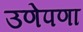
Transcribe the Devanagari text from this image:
उणेपणा